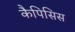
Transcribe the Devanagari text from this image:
कैपिसिस